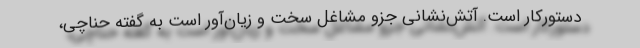
دستورکار است. آتش‌نشانی جزو مشاغل سخت و زیان‌آور است به گفته حناچی،